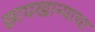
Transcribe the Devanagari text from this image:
छापखान्याचा